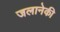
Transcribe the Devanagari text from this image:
जलानेकी